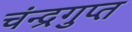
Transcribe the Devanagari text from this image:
चंन्द्रगुप्त